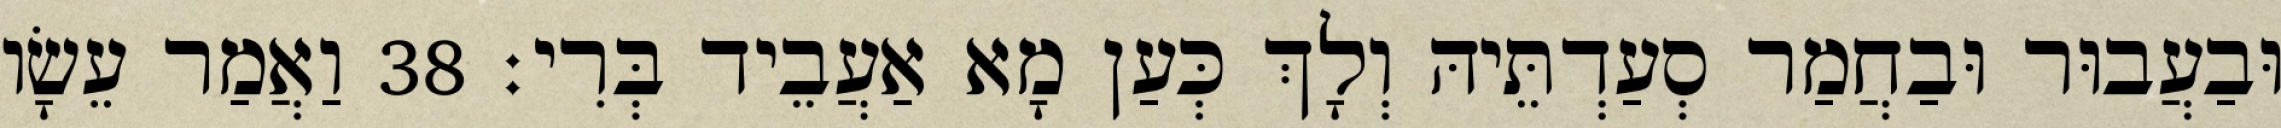
וּבַעֲבוּר וּבַחֲמַר סְעַדְתֵּיהּ וְלָךְ כְּעַן מָא אַעֲבֵיד בְּרִי׃ 38 וַאֲמַר עֵשָׂו